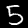
Label: 5